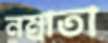
নম্রাতা